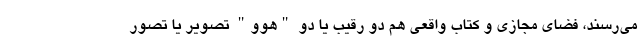
می‌رسند، فضای مجازی و کتاب واقعی هم دو رقیب یا دو "هوو" تصویر یا تصور